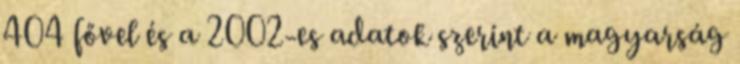
404 fővel és a 2002-es adatok szerint a magyarság